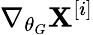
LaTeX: \nabla_{\theta_{G}}\mathbf{X}^{[i]}